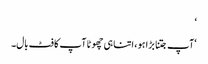
‘
‘آپ جتنا بڑا ہو ، اتنا ہی چھوٹا آپ کا فٹ بال۔